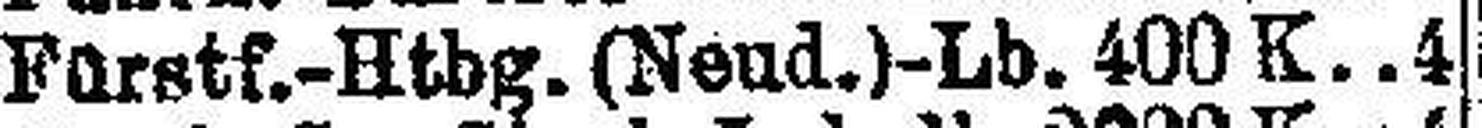
Fürstf.-Htbg.(Neud.)-Lb. 400K 4